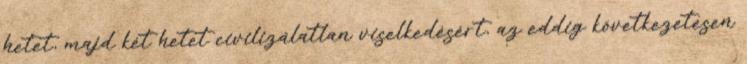
hetet, majd két hetet civilizálatlan viselkedésért, az eddig következetesen